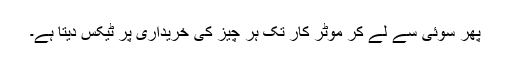
پھر سوئی سے لے کر موٹر کار تک ہر چیز کی خریداری پر ٹیکس دیتا ہے۔